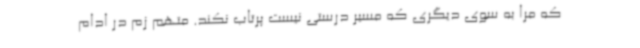
که مرا به سوی دیگری که مسیر درستی نیست پرتاب نکند. متهم زم در ادام